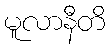
မူလာနီတိ